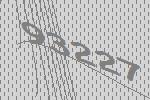
93227